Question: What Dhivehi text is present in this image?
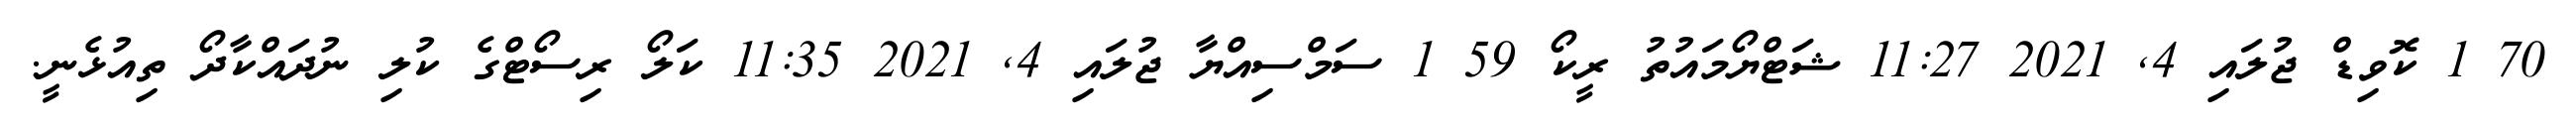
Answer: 70 1 ކޮވިޑް ޖުލައި 4, 2021 11:27 ޝަޓްޔޯމައުތު ރީކޯ 59 1 ސަމްސިއްޔާ ޖުލައި 4, 2021 11:35 ކަލޯ ރިސޯޓްގެ ކުލި ނުދައްކާދޯ ތިއުޅެނީ.